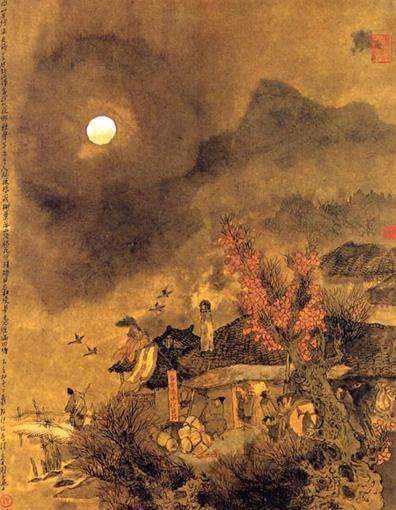
一点烽传散关信，两行雁带杜陵秋。